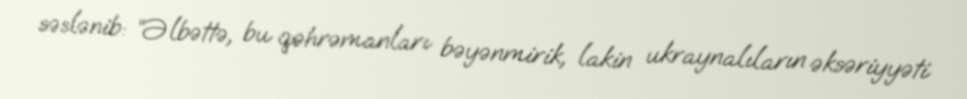
səslənib: “Əlbəttə, bu qəhrəmanları bəyənmirik, lakin ukraynalıların əksəriyyəti